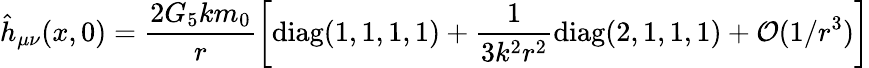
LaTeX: \hat{h}_{\mu\nu}(x,0)=\frac{2G_{5}km_{0}}{r}\left[\textrm{diag}(1,1,1,1)+\frac{1}{3k^{2}r^{2}}\textrm{diag}(2,1,1,1)+\mathcal{O}(1/r^{3})\right]